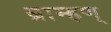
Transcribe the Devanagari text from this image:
ब्राम्हण्